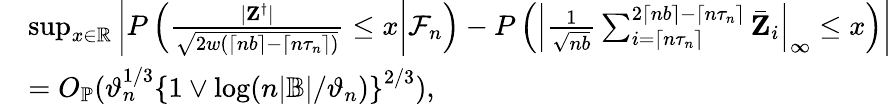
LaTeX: \begin{array}{rl}&{\operatorname*{sup}_{x\in\mathbb{R}}\left|P\left(\left.\frac{|\mathbf Z^{\dagger}|}{\sqrt{2w(\lceil nb\rceil-\lceil n\tau_{n}\rceil)}}\leq x\right|\mathcal{F}_{n}\right)-P\left(\left|\frac{1}{\sqrt{nb}}\sum_{i=\lceil n\tau_{n}\rceil}^{2\lceil nb\rceil-\lceil n\tau_{n}\rceil}\bar{\mathbf Z}_{i}\right|_{\infty}\leq x\right)\right|}\\ &{=O_{\mathbb{P}}(\vartheta_{n}^{1/3}\left\{ 1\vee\log(n|\mathbb{B}|/\vartheta_{n})\right\} ^{2/3}),}\end{array}